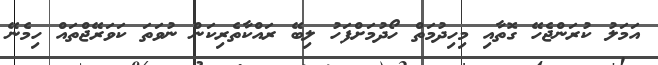
އަމަލު ކުރަންޖެހޭ ގޮތާއި މިހިދުމަތް ހޯދުމަށްފަހު ލިބޭ ރައްކާތެރިކަން ނުވަތަ ކަވަރޭޖްތައް ހިމެނޭ